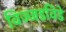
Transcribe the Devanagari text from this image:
विज्जडविडे